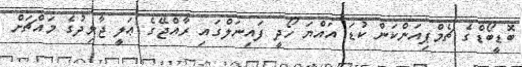
ބޮޑީބޯޑްގެ ޗެމްޕިއަންކަން ކުޑަ އައްޔަ ހޯދީ ފައިނަލްގައި ރާއްޖޭގެ ޢަލީ ޖާވިދުގެ މައްޗަށް